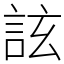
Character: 詃